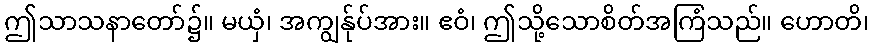
ဤသာသနာတော်၌။ မယှံ၊ အကျွန်ုပ်အား။ ဧဝံ၊ ဤသို့သောစိတ်အကြံသည်။ ဟောတိ၊